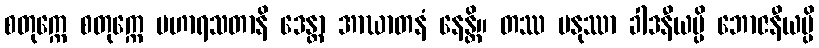
စတုက္ကေ စတုက္ကေ ပဟာရသတာနိ ဒေန္တာ အာဃာတနံ နေန္တိ။ တဿ မနုဿာ ခါဒနီယမ္ပိ ဘောဇနီယမ္ပိ